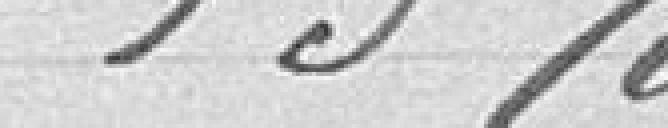
15%